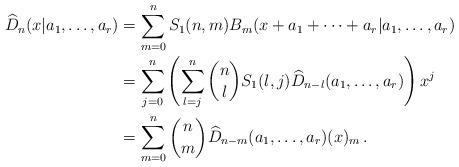
LaTeX: \begin{align*}\widehat D_n(x|a_1,\dots,a_r)&=\sum_{m=0}^n S_1(n,m)B_m(x+a_1+\cdots+a_r|a_1,\dots,a_r)\\&=\sum_{j=0}^n\left(\sum_{l=j}^n\binom{n}{l}S_1(l,j)\widehat D_{n-l}(a_1,\dots,a_r)\right)x^j\\&=\sum_{m=0}^n\binom{n}{m}\widehat D_{n-m}(a_1,\dots,a_r)(x)_m\,.\end{align*}